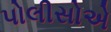
પોલીસોએ